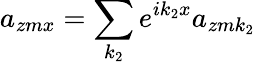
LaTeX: a_{zmx}=\sum_{k_{2}}e^{ik_{2}x}a_{zmk_{2}}